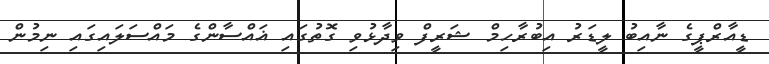
ޑީއާރްޕީގެ ނާއިބު ލީޑަރު އިބުރާހިމް ޝަރީފް ވިދާޅުވި ގޮތުގައި ޣައްސާންގެ މައްސަލައިގައި ނިމުން